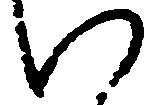
以